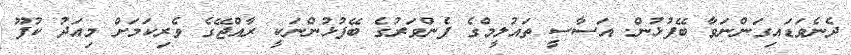
ދެނެވަޑައިގަންނަވާ ބޭފުުޅުން. އަސާސީ ތައުލީމްގެ ފެންވަރުގެ ބޭފުޅުންނަކީ ރާއްޖޭގެ ވެރިކަަމަށް މިއަދު ކުފޫ